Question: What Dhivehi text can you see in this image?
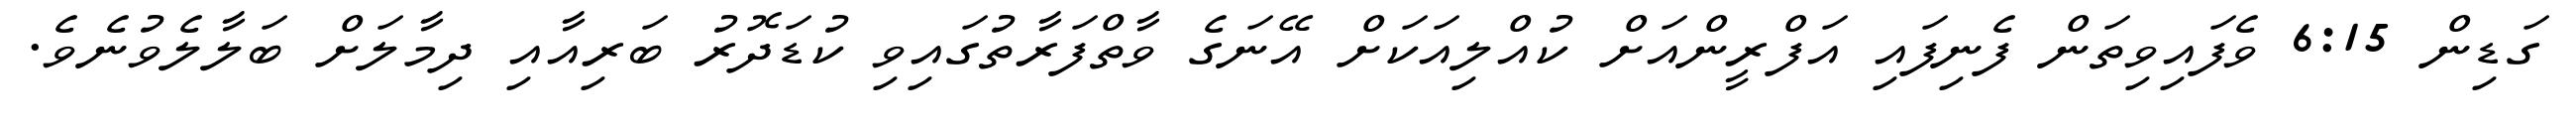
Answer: ގަޑިން 6:15 ވެފައިވިތަން ފެނިފައި އަފްރީންއަށް ކުއްލިއަކަށް އޭނަގެ ވާތްފަރާތުގައިވި ކުޑަދޮރު ބަރިއާއި ދިމާލަށް ބަލާލެވުނެވެ.